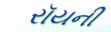
રૉયની